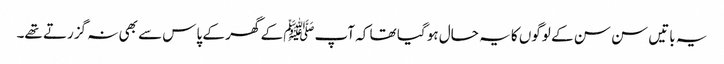
یہ باتیں سن سن کے لوگوں کا یہ حال ہو گیا تھا کہ آپﷺ کے گھر کے پاس سے بھی نہ گزرتے تھے۔